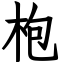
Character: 枹